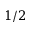
1 / 2